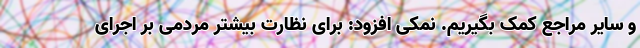
و سایر مراجع کمک بگیریم. نمکی افزود: برای نظارت بیشتر مردمی بر اجرای